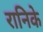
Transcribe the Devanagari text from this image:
रानिके